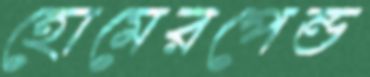
হোমেরপেন্ড